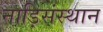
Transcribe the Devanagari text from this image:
नाड़िसंस्थान